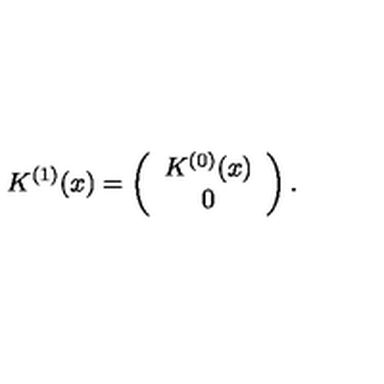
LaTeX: K ^ { ( 1 ) } ( x ) = \left( \begin{array} { c } { K ^ { ( 0 ) } ( x ) } \\ { 0 } \\ \end{array} \right) .